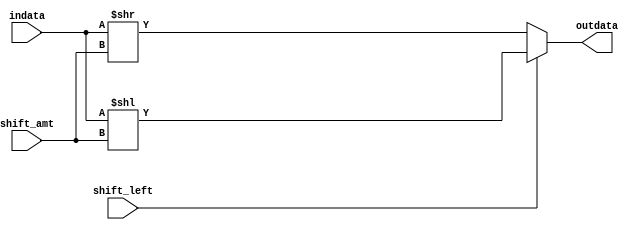
`timescale 1ns / 1ps
//////////////////////////////////////////////////////////////////////////////////
// Company: 
// Engineer: 
// 
// Design Name: 
// Module Name: Shifter
// Project Name: 
// Target Devices: 
// Tool Versions: 
// Description: 
// 
// Dependencies: 
// 
// Revision:
// Revision 0.01 - File Created
// Additional Comments:
// 
//////////////////////////////////////////////////////////////////////////////////



module Shifter(indata,shift_amt,shift_left,outdata);

input [31:0] indata;
input [1:0] shift_amt;
input shift_left;
output wire [31:0] outdata;

assign outdata = shift_left ? indata<<shift_amt : indata>>shift_amt;

endmodule